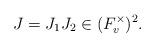
LaTeX: \begin{align*} J = J_1 J_2 \in (F_v^{\times})^2.\end{align*}